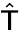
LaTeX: \hat{\mathsf{T}}